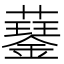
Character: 𧂖